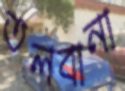
তলবানা